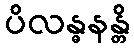
ပိလန္ဓနန္တိ